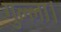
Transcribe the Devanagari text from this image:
गुल्ला।